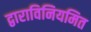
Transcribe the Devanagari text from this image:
द्वाराविनियमित